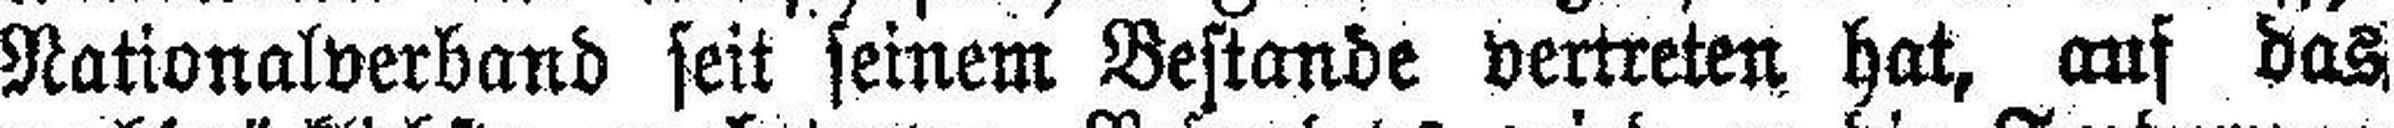
Nationalverband seit seinem Bestande vertreten hat, auf das